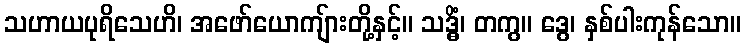
သဟာယပုရိသေဟိ၊ အဖော်ယောကျ်ားတို့နှင့်။ သဒ္ဓိံ၊ တကွ။ ဒွေ၊ နှစ်ပါးကုန်သော။